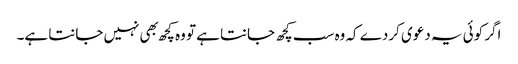
اگر کوئی یہ دعوی کردے کہ وه سب کچھ جانتا ہے تو وه کچھ بهی نہیں جانتا ہے۔